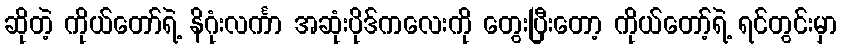
ဆိုတဲ့ ကိုယ်တော်ရဲ့ နိဂုံးလင်္ကာ အဆုံးပိုဒ်ကလေးကို တွေးပြီးတော့ ကိုယ်တော့်ရဲ့ ရင်တွင်းမှာ